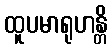
ထူပမာရုဟန္တိ